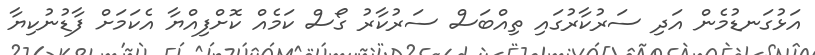
އަޅުގަނޑުމެން އަދި ސަރުކާރުގައި ތިއްބަސް ސަރުކާރު ގޯސް ކަމެއް ކޮށްފިއްޔާ އެކަމަށް ފާޑުނުކިޔާ